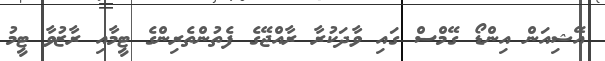
އޭޝިއަން އިންޑޯ ގޭމްސް ގައި ވާދަކުރާ ރާއްޖޭގެ ފެތުންތެރިންގެ ޓީމާއި ރާޒުވާ ޓީމު